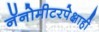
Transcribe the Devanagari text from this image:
नॅनोमीटरपेक्षाही